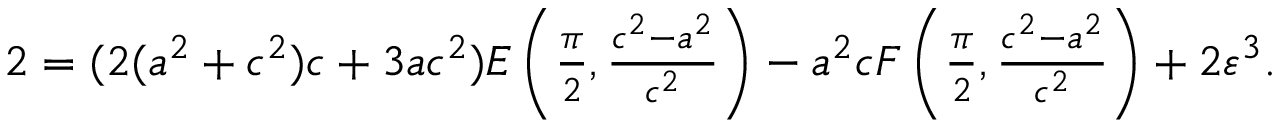
\begin{array} { r } { 2 = ( 2 ( a ^ { 2 } + c ^ { 2 } ) c + 3 a c ^ { 2 } ) E \left( \frac { \pi } { 2 } , { \frac { c ^ { 2 } - a ^ { 2 } } { c ^ { 2 } } } \right) - a ^ { 2 } c F \left( \frac { \pi } { 2 } , { \frac { c ^ { 2 } - a ^ { 2 } } { c ^ { 2 } } } \right) + 2 \varepsilon ^ { 3 } . } \end{array}